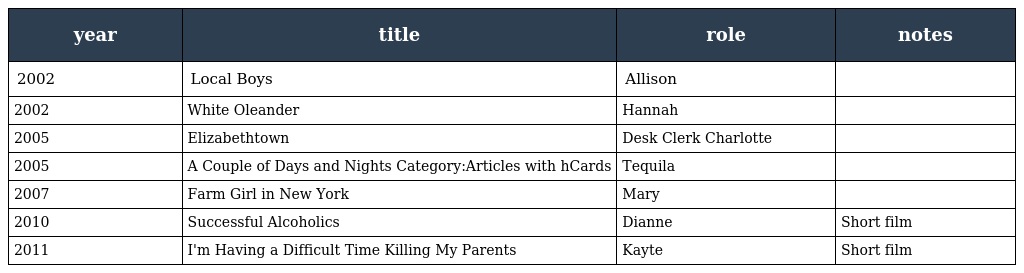
| year | title | role | notes |
 | --- | --- | --- | --- |
 | 2002 | Local Boys | Allison |  |
 | 2002 | White Oleander | Hannah |  |
 | 2005 | Elizabethtown | Desk Clerk Charlotte |  |
 | 2005 | A Couple of Days and Nights Category:Articles with hCards | Tequila |  |
 | 2007 | Farm Girl in New York | Mary |  |
 | 2010 | Successful Alcoholics | Dianne | Short film |
 | 2011 | I'm Having a Difficult Time Killing My Parents | Kayte | Short film |